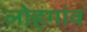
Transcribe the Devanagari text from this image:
लोहगांव